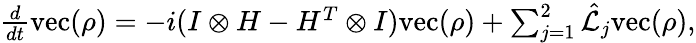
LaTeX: \begin{array}{r}{\frac{d}{dt}\textrm{vec}(\rho)=-i(I\otimes H-H^{T}\otimes I)\textrm{vec}(\rho)+\sum_{j=1}^{2}\hat{\mathcal{L}}_{j}\textrm{vec}(\rho),}\end{array}